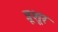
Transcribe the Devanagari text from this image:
त्रूशूर